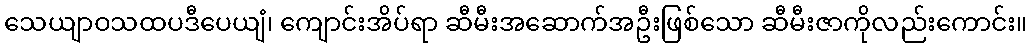
သေယျာဝသထပဒီပေယျံ၊ ကျောင်းအိပ်ရာ ဆီမီးအဆောက်အဦးဖြစ်သော ဆီမီးဇာကိုလည်းကောင်း။